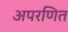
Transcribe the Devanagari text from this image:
अपरणित